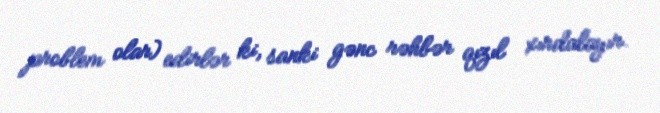
problem olar) edirlər ki, sanki gənc rəhbər qızıl xırdalayır.